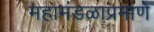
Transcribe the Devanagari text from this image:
महामंडळाप्रमाणे